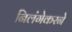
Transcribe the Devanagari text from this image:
निलंगेकरने